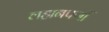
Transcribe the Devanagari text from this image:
लहानपणीं